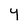
Character: Y